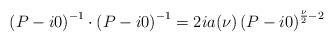
\begin{align*}\left(P-i0\right)^{-1} \cdot \left(P-i0\right)^{-1} = 2ia(\nu)\left(P-i0\right)^{\frac {\nu} {2} -2}\end{align*}